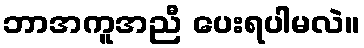
ဘာအကူအညီ ပေးရပါမလဲ။